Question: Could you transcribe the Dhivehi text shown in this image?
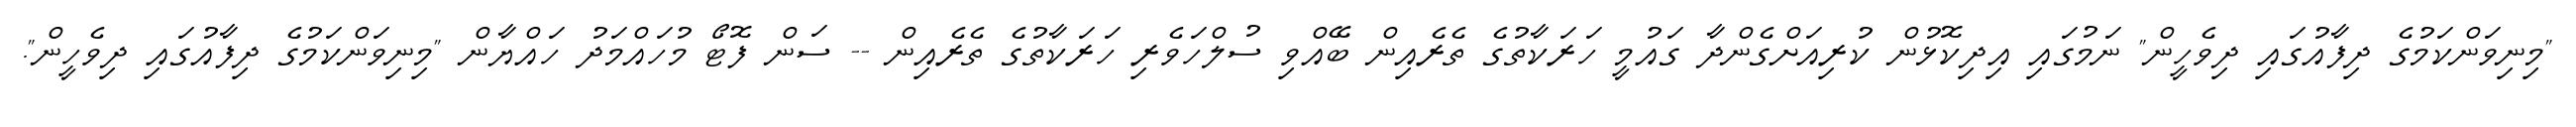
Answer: "މިނިވަންކަމުގެ ދިފާއުގައި ދިވެހީން" ނަމުގައި އިދިކޮޅުން ކުރިއަށްގެންދާ ގައުމީ ހަރަކާތުގެ ތެރެއިން ބޭއްވި ސުލްހަވެރި ހަރަކާތުގެ ތެރެއިން -- ސަން ފޮޓޯ މުހައްމަދު ހައްޔާން "މިނިވަންކަމުގެ ދިފާއުގައި ދިވެހީން".